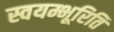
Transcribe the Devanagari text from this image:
स्वयम्भूरिति